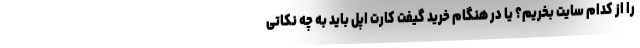
را از کدام سایت بخریم؟ یا در هنگام خرید گیفت کارت اپل باید به چه نکاتی